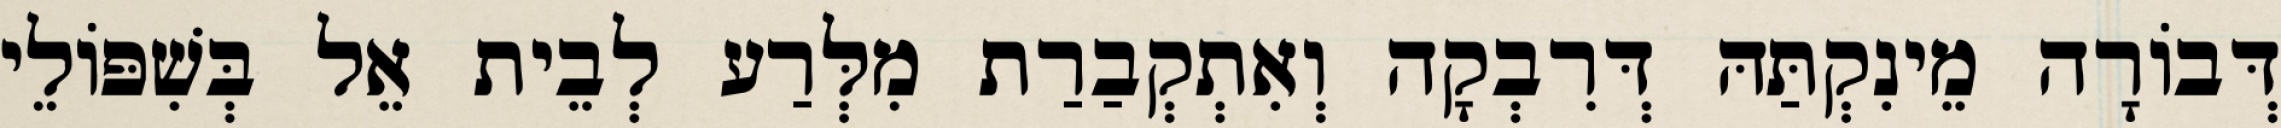
דְּבוֹרָה מֵינִקְתַּהּ דְּרִבְקָה וְאִתְקְבַרַת מִלְּרַע לְבֵית אֵל בְּשִׁפּוֹלֵי